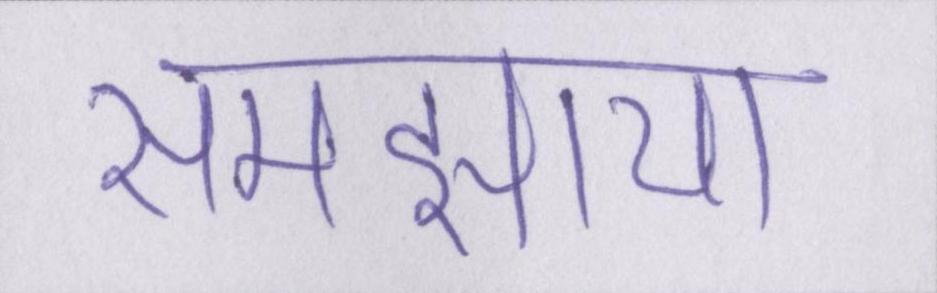
समझाया